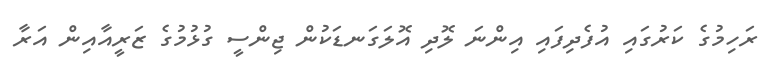
ރަހިމުގެ ކަރުގައި އުފެދިފައި އިންނަ ލޮދި އޮލަގަނޑަކުން ޖިންސީ ގުޅުމުގެ ޒަރީއާއިން އަރާ